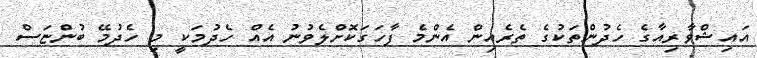
އައިޝްވާރިއާގެ ހެދުންތަކުގެ ތެރެއިން އެންމެ ފާހަގަކޮށްލެވުނު އެއް ހެދުމަކީ މި ހެދުމޭ ބުންޏަސް